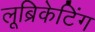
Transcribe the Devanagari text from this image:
लूब्रिकेटिंग